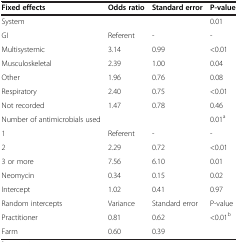
<table><thead><tr><td><b>Fixed effects</b></td><td><b>Odds ratio</b></td><td><b>Standard error</b></td><td><b>P-value</b></td></tr></thead><tbody><tr><td>System</td><td> </td><td> </td><td>0.01</td></tr><tr><td>GI</td><td>Referent</td><td>-</td><td>-</td></tr><tr><td>Multisystemic</td><td>3.14</td><td>0.99</td><td>&lt;0.01</td></tr><tr><td>Musculoskeletal</td><td>2.39</td><td>1.00</td><td>0.04</td></tr><tr><td>Other</td><td>1.96</td><td>0.76</td><td>0.08</td></tr><tr><td>Respiratory</td><td>2.40</td><td>0.75</td><td>&lt;0.01</td></tr><tr><td>Not recorded</td><td>1.47</td><td>0.78</td><td>0.46</td></tr><tr><td>Number of antimicrobials used</td><td> </td><td> </td><td>0.01<sup>a</sup></td></tr><tr><td>1</td><td>Referent</td><td>-</td><td>-</td></tr><tr><td>2</td><td>2.29</td><td>0.72</td><td>&lt;0.01</td></tr><tr><td>3 or more</td><td>7.56</td><td>6.10</td><td>0.01</td></tr><tr><td>Neomycin</td><td>0.34</td><td>0.15</td><td>0.02</td></tr><tr><td>Intercept</td><td>1.02</td><td>0.41</td><td>0.97</td></tr><tr><td>Random intercepts</td><td>Variance</td><td>Standard error</td><td>P-value</td></tr><tr><td>Practitioner</td><td>0.81</td><td>0.62</td><td>&lt;0.01<sup>b</sup></td></tr><tr><td>Farm</td><td>0.60</td><td>0.39</td><td> </td></tr></tbody></table>